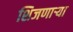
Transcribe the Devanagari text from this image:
शिजणार्‍या